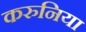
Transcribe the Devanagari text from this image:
करुनिया